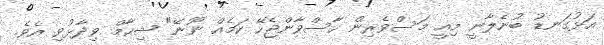
އަޅުގަނޑު ބުނެލާނީ މިއީ މަސްވެރިން ހާސްވާންޖެހޭ ކަމެއް ނޫނޭ" ޝިހާމް ވިދާޅުވި އެވެ.